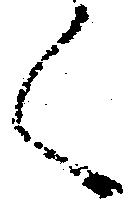
く